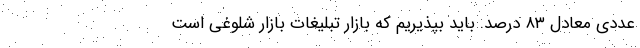
عددی معادل ۸۳ درصد. باید بپذیریم که بازار تبلیغات بازار شلوغی است